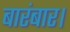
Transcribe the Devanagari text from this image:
बारंबार।